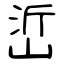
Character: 峾